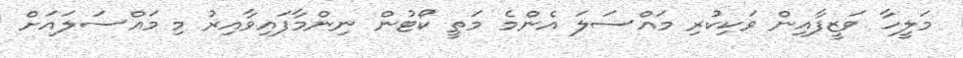
މަލީހާ ވަޒީފާއިން ވަކިކުރި މައްސަލަ އެންމެ މަތީ ކޯޓުން ނިންމާފައިވާއިރު މި މައްސަލައަށް